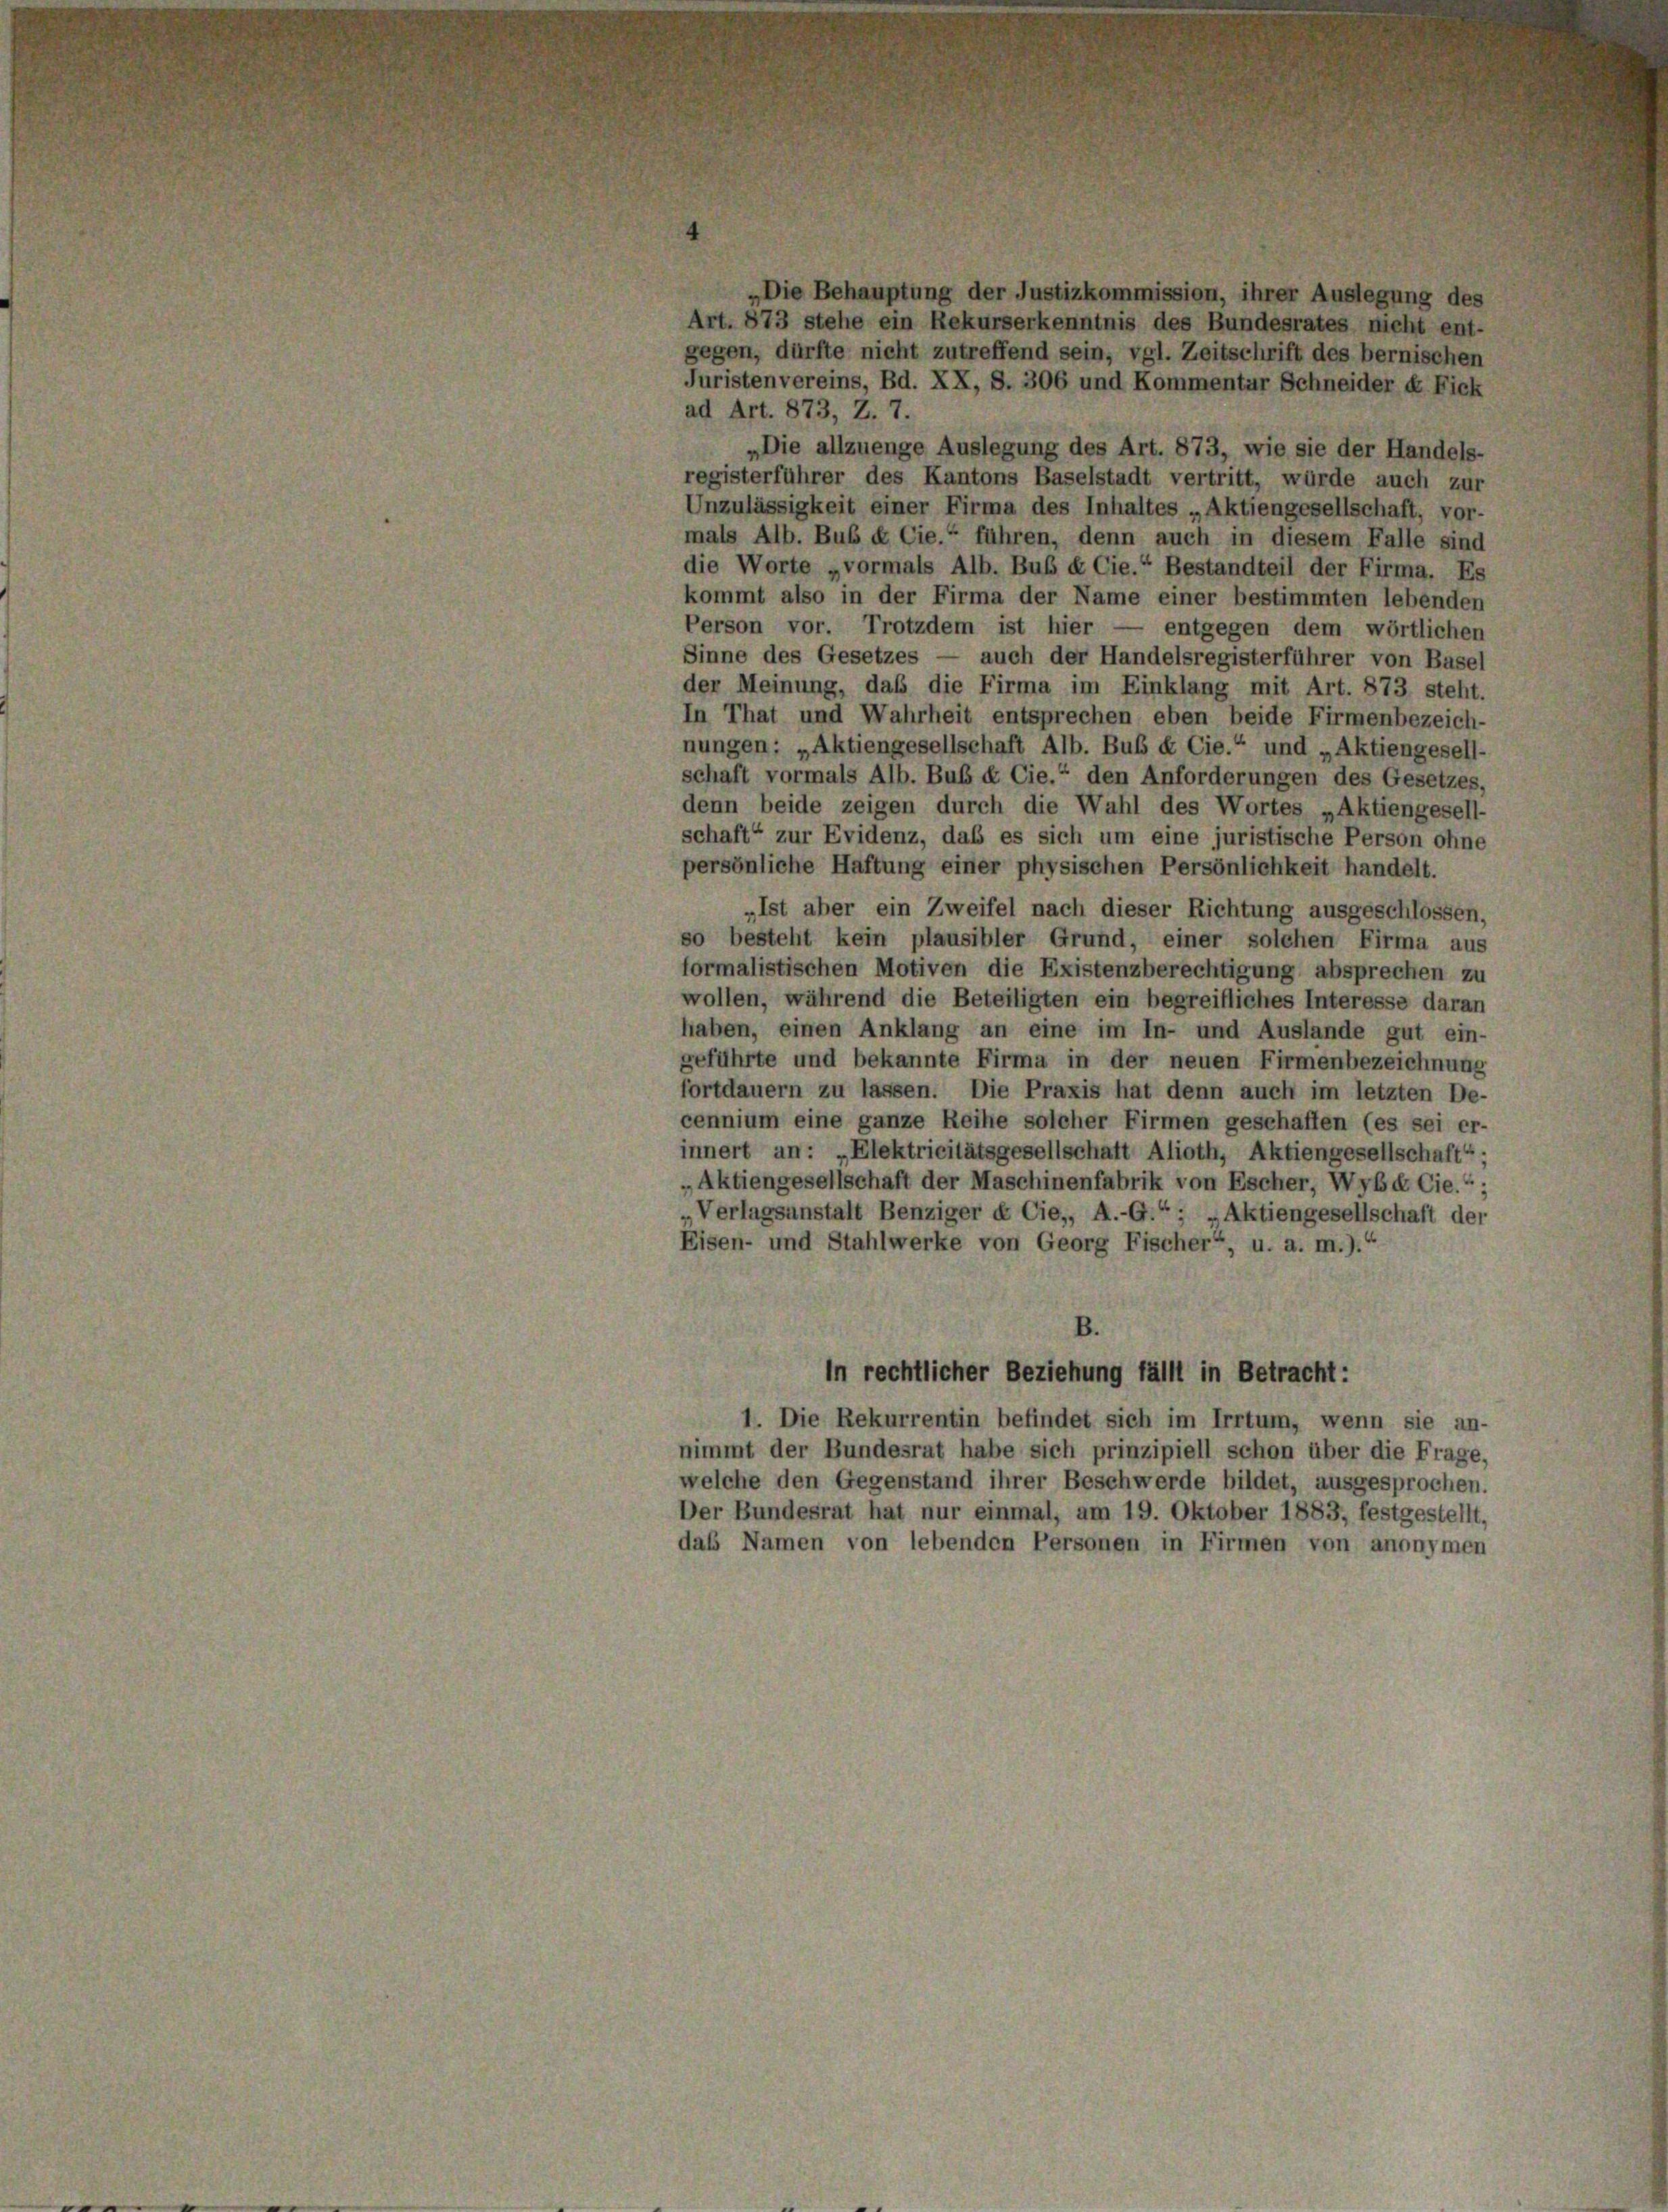
„Die Behauptung der Justizkommission, ihrer Auslegung des
Art. 873 stehe ein Rekurserkenntnis des Bundesrates nicht ent-
gegen, dürfte nicht zutreffend sein, vgl. Zeitschrift des bernischen
Juristenvereins, Bd. XX, S. 306 und Kommentar Schneider k. Fick
ad Art. 873, Z. 7.
„Die allzuenge Auslegung des Art. 873, wie sie der Handels-
registerführer des Kantons Baselstadt vertritt, würde auch zur
Unzulässigkeit einer Firma des Inhaltes „Aktiengesellschaft, vor-
mals Alb. Bub & Cie.“ führen, denn auch in diesem Falle sind
die Worte „vormals Alb. Bub & Cie.“ Bestandteil der Firma. Es
kommt also in der Firma der Name einer bestimmten lebenden
Person vor. Trotzdem ist hier — entgegen dem wörtlichen
Sinne des Gesetzes — auch der Handelsregisterführer von Basel
der Meinung, daß die Firma im Einklang mit Art. 873 steht.
In That und Wahrheit entsprechen eben beide Firmenbezeich-
nungen: „Aktiengesellschaft Alb. Bub & Cie.“ und „Aktiengesell-
schaft vormals Alb. Bub & Cie.“ den Anforderungen des Gesetzes,
denn beide zeigen durch die Wahl des Wortes „Aktiengesell-
schaft“ zur Evidenz, daß es sich um eine juristische Person ohne
persönliche Haftung einer physischen Persönlichkeit handelt.
„Ist aber ein Zweifel nach dieser Richtung ausgeschlossen,
so besteht kein plausibler Grund, einer solchen Firma aus
formalistischen Motiven die Existenzberechtigung absprechen zu
wollen, während die Beteiligten ein begreifliches Interesse daran
haben, einen Anklang an eine im In- und Auslande gut ein-
geführte und bekannte Firma in der neuen Firmenbezeichnung
fortdauern zu lassen. Die Praxis hat denn auch im letzten De-
cennium eine ganze Reihe solcher Firmen geschaffen (es sei er-
innert an: „Elektricitätsgesellschaft Alioth, Aktiengesellschaft“,
„Aktiengesellschaft der Maschinenfabrik von Escher, Wybé Cie.“ ;
„Verlagsanstalt Benziger & Cie,, A.-G.“; „Aktiengesellschaft der
Eisen- und Stahlwerke von Georg Fischer“, u. a. m.).“
B.
in rechtlicher Beziehung fällt in Betracht:
1. Die Rekurrentin befindet sich im Irrtum, wenn sie an-
nimmt der Bundesrat habe sich prinzipiell schon über die Frage,
welche den Gegenstand ihrer Beschwerde bildet, ausgesprochen.
Der Bundesrat hat nur einmal, am 19. Oktober 1883, festgestellt,
das Namen von lebenden Personen in Firmen von anonymen